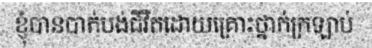
ខ្ញុំបានបាត់បង់ជីវិតដោយគ្រោះថ្នាក់ក្រឡាប់